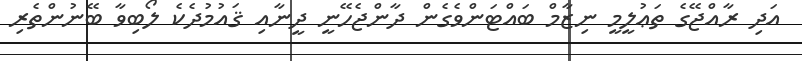
އަދި ރާއްޖޭގެ ތަޢުލީމީ ނިޒާމް ބައްޓަންވެގެން ދާންޖެހޭނީ ދީނާއި ޤައުމުދެކެ ލޯބިވާ ބޭނުންތެރި